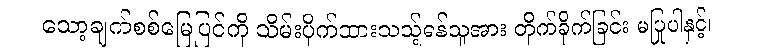
သော့ချက်စစ်မြေပြင်ကို သိမ်းပိုက်ထားသည့်ရန်သူအား တိုက်ခိုက်ခြင်း မပြုပါနှင့်။